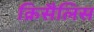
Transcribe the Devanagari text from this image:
क्रिसैलिस